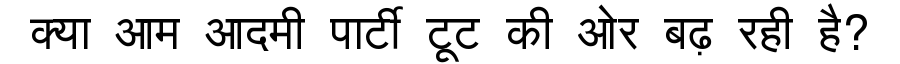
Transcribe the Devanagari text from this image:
क्या आम आदमी पार्टी टूट की ओर बढ़ रही है?